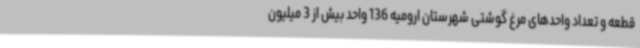
قطعه و تعداد واحدهای مرغ گوشتی شهرستان ارومیه 136 واحد بیش از 3 میلیون